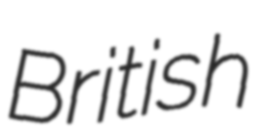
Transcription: British